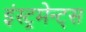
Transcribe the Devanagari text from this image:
इंस्ट्रूमेन्ट्स